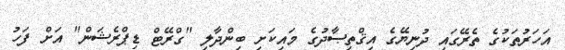
އަހަރުތަކުގެ ތެރޭގައި ދުނިޔޭގެ އިޤްތިޞާދުގެ މައިކަށި ބިންދާލި "ގްރޭޓް ޑިޕްރެޝަން" އަށް ފަހު